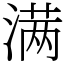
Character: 满